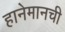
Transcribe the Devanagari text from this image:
हानेमानची